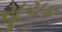
સૂચક